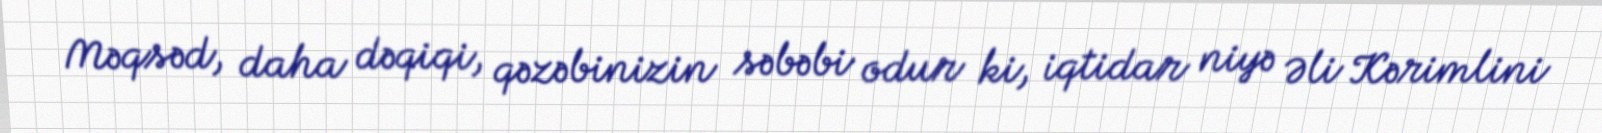
Məqsəd, daha dəqiqi, qəzəbinizin səbəbi odur ki, iqtidar niyə Əli Kərimlini